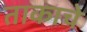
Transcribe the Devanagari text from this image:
ताकाचे